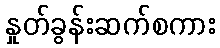
နှုတ်ခွန်းဆက်စကား